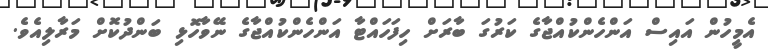
އެމީހުން އައިސް އަންހެންކުއްޖާގެ ކަރުގަ ބާރަށް ހިފަހައްޓާ އަންހެންކުއްޖާގެ ނޭވާހޮޅި ބަންދުކޮށް މަރާލިއެވެ.